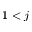
1 < j